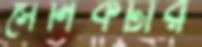
সৈনিকটার